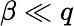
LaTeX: \beta\ll q